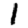
Digit: 1